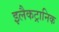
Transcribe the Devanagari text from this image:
इलैकट्रानिक